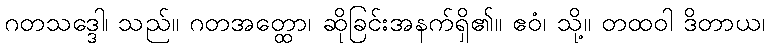
ဂတသဒ္ဒေါ၊ သည်။ ဂတအတ္ထော၊ ဆိုခြင်းအနက်ရှိ၏။ ဧဝံ၊ သို့။ တထဝါ ဒိတာယ၊